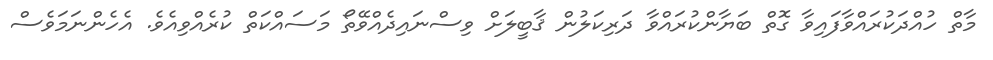
މާތް ހުއްދަކުރައްވާފައިވާ ގޮތް ބަޔާންކުރައްވާ ދަރިކަލުން ޤާބީލަށް ވިސްނައިދެއްވޭތޯ މަސައްކަތް ކުރެއްވިއެވެ. އެހެންނަމަވެސް